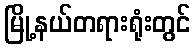
မြို့နယ်တရားရုံးတွင်